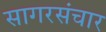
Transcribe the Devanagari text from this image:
सागरसंचार